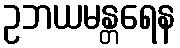
ဥဘယမန္တရေန